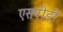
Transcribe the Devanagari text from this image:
एसपीडी